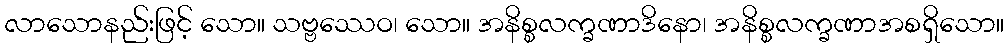
လာသောနည်းဖြင့် သော။ သဗ္ဗဿေဝ၊ သော။ အနိစ္စလက္ခဏာဒိနော၊ အနိစ္စလက္ခဏာအစရှိသော။